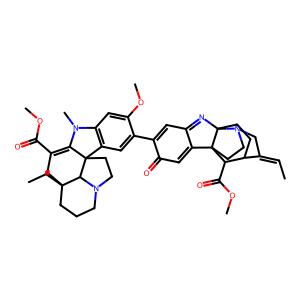
SMILES: CC=C1CN2CCC34C5=CC(=O)C(c6cc7c(cc6OC)N(C)C6=C(C(=O)OC)CC8(CC)CCCN9CCC67C98)=CC5=NC23CCC1C4C(=O)OC
Inhibits HIV replication: No